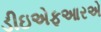
ડીઇએફઆરએ